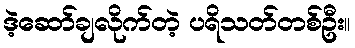
ဒဲ့ဆော်ချလိုက်တဲ့ ပရိသတ်တစ်ဦး။